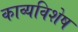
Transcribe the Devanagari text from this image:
काव्यविशेष